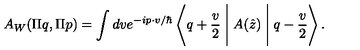
A _ { W } ( \Pi q , \Pi p ) = \int d v e ^ { - i p \cdot v / \hbar } \left\langle q + \frac { v } { 2 } \Biggm | A ( \hat { z } ) \Biggm | q - \frac { v } { 2 } \right\rangle .